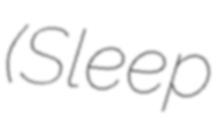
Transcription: (Sleep